Report of the King Institute of Preventive Medicine, Guindy
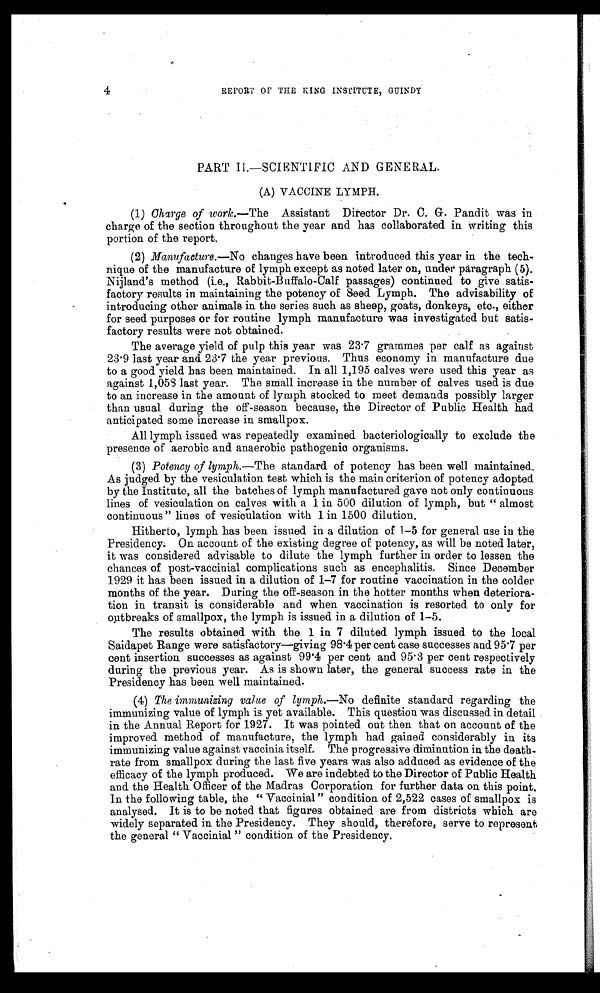
4
REPORT OF THE KING INSTITUTE, GUINDY
PART II.—SCIENTIFIC AND G ENERAL.
(A) VACCINE LYMPH.
(1) Charge of work. —The Assistant Director Dr. C. G. Pandit was in
charge of the section throughout the year and has c ollaborated in writing this
portion of the report.
(2) Manufacture. —No changes have been introduced this year in the tech-
nique of the manufacture of lymph except as noted later on, under paragraph (5).
Nijland's method (i.e., Rabbit-Buffalo-Calf passages) continued to give satis-
factory results in maintaining the potency of Seed Lymph. The advisability of
introducing other animals in the series such as sheep, goats, donkeys, etc., either
for seed purposes or for routine lymph manufacture was investigated but satis-
factory results were not obtained.
The average yield of pulp this year was 23.7 grammes per calf as against
23.9 last year and 23.7 the year previous. Thus economy in manufacture due
to a good yield has been maintained. In all 1,195 calves were used this year as
against 1,058 last year. The small increase in the number of calves used is due
to an increase in the amount of lymph stocked to meet demands possibly larger
than usual during the off-season because, the Director of Public Health had
anticipated some increase in smallpox.
All lymph issued was repeatedly examined bacteriologically to exclude the
presence of aerobic and anaerobic pathogenic organisms.
(3) Potency of lymph. —The standard of potency has been well maintained.
As judged by the vesiculation test which is the main criterion of potency adopted
by the Institute, all the batches of lymph manufactured gave not only continuous
lines of vesiculation on calves with a 1 in 500 dilution of lymph, but "almost
continuous" lines of vesiculation with 1 in 1500 dilution.
Hitherto, lymph has been issued in a dilution of 1-5 for general use in the
Presidency. On account of the existing degree of potency, as will be noted later,
it was considered advisable to dilute the lymph further in order to lessen the
chances of post-vaccinial complications such as encephalitis. Since December
1929 it has been issued in a dilution of 1-7 for routine vaccination in the colder
months of the year. During the off-season in the hotter months when deteriora-
tion in transit is considerable and when vaccination is resorted to only for
outbreaks of smallpox, the lymph is issued in a dilution of 1-5.
The results obtained with the 1 in 7 diluted lymph issued to the local
Saidapet Range were satisfactory—giving 98.4 per cent case successes and 95.7 per
cent insertion successes as against 99.4 per cent and 95.3 per cent respectively
during the previous year. As is shown later, the general success rate in the
Presidency has been well maintained.
(4) The immunizing value of lymph. —No definite standard regarding the
immunizing value of lymph is yet available. This question was discussed in detail
in the Annual Report for 1927. It was pointed out then that on account of the
improved method of manufacture, the lymph had gained considerably in its
immunizing value against vaccinia itself. The progressive diminution in the death
- r a t e f r o m s m a l l p o x d u r i n g t h e l a s t f i v e y e a r s w a s a l s o a d d u c e d a s e v i d e n c e o f t h e
efficacy of the lymph produced. We are indebted to the Director of Public Health
and the Health Officer of the Madras Corporation for further data on this point.
In the following table, the "Vaccinial" condition of 2,522 cases of smallpox is
analysed. It is to be noted that figures obtained are from districts which are
widely separated in the Presidency. They should, therefore, serve to represent
the general "Vaccinial" condition of the Presidency.